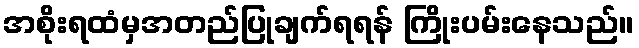
အစိုးရထံမှအတည်ပြုချက်ရရန် ကြိုးပမ်းနေသည်။